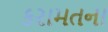
કરામતના